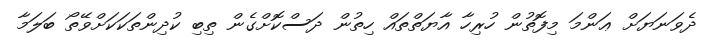
ދެވަނަޔަށް ޢަންމަ މިފޮތުން ހުރިހާ އާޔަތްތައް ހިތުން ދަސްކޮށްގެން ތިބި ކުދިންތަކަކަށްވޭތޯ ބަލަމާ